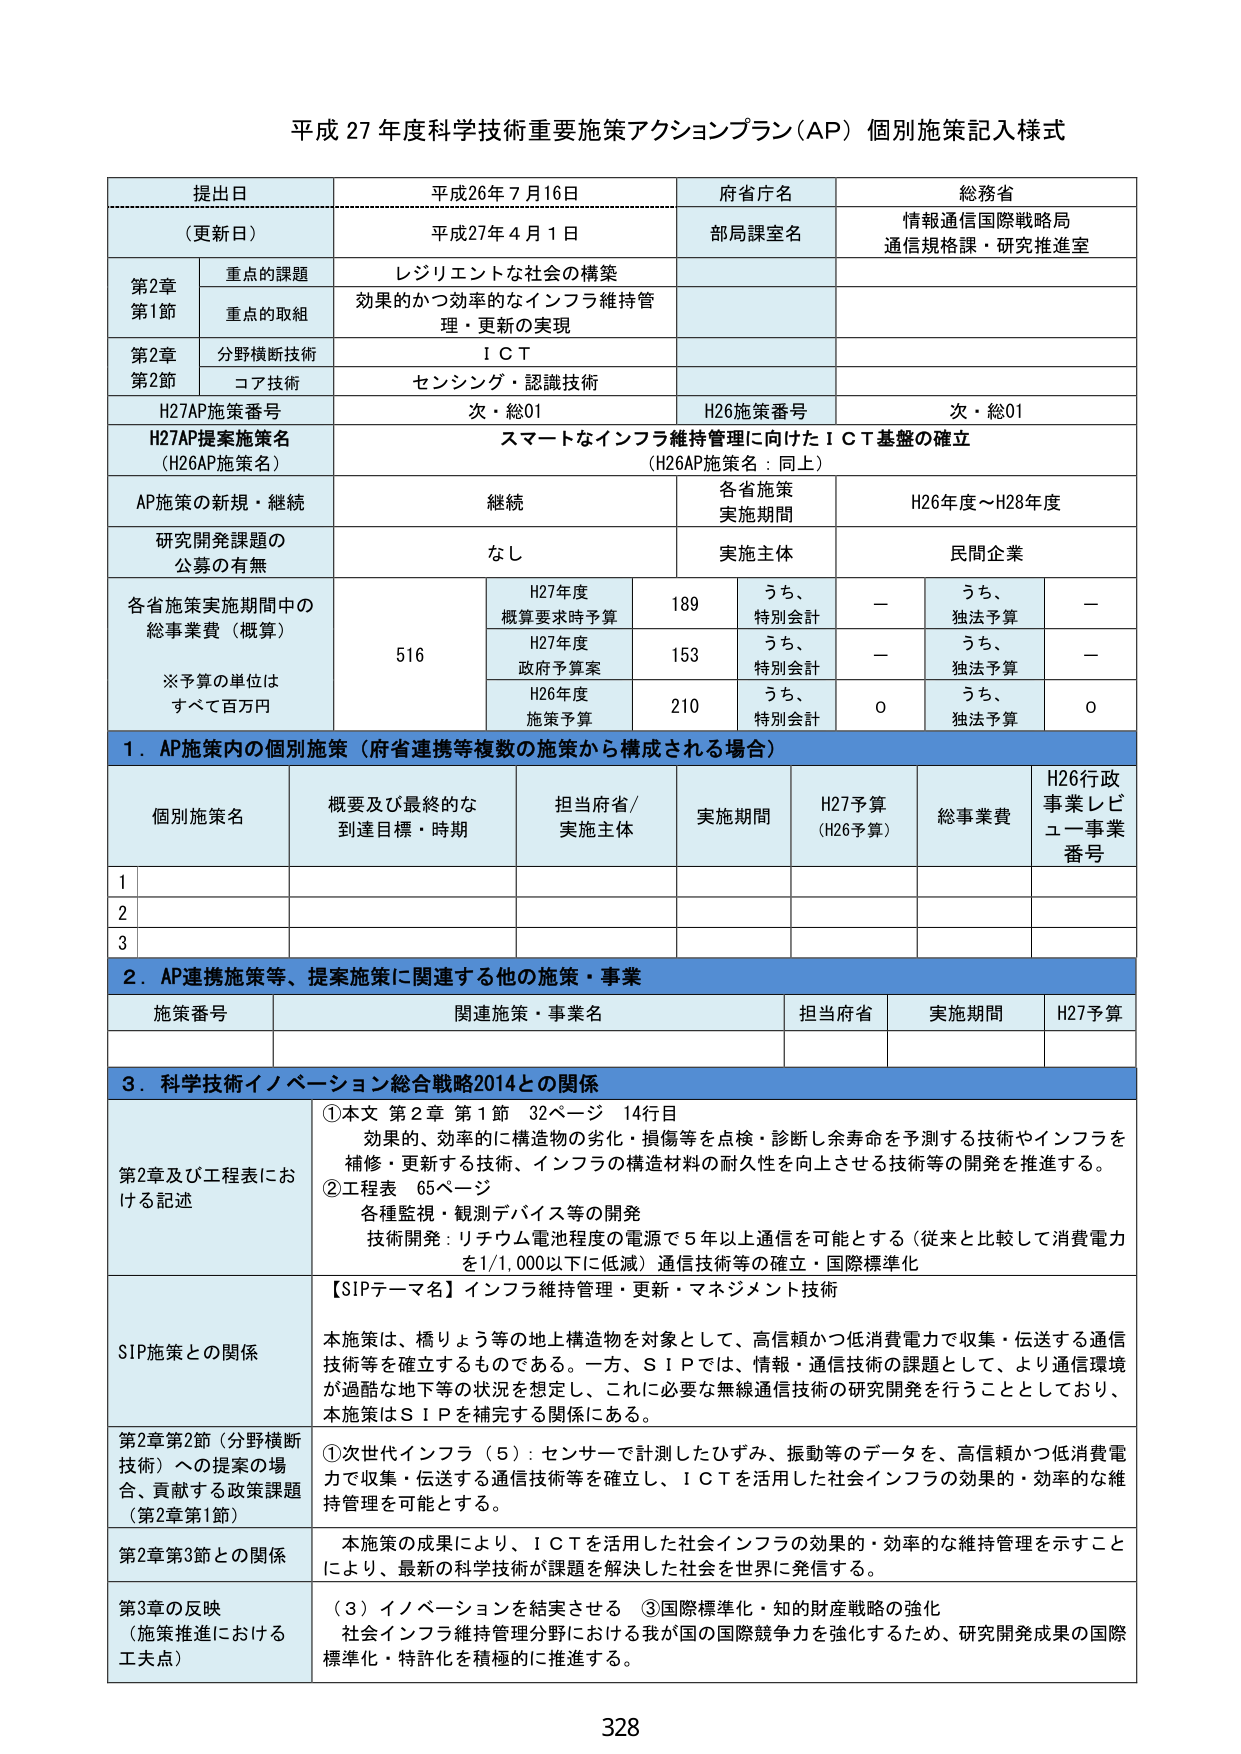
平成 27 年度科学技術重要施策アクションプラン（AP）個別施策記入様式

提出日 平成26年 7月16日
（更新日） 平成27年 4月 1日
府省庁名 総務省
部局課室名 情報通信国際戦略局
通信規格課・研究推進室

第2章 重点の課題 レジリエントな社会の構築
第1節 重点の取組 効果的かつ効率的なインフラ維持管理・更新の実現

第2章 分野横断技術 ＩＣＴ
第2節 コア技術 センシング・認識技術

H27AP施策番号 次・総01
H26施策番号 次・総01

H27AP提案施策名（H26AP施策名） スマートなインフラ維持管理に向けたＩＣＴ基盤の確立
（H26AP施策名：同上）

AP施策の新規・継続 継続
各省施策実施期間 H26年度～H28年度

研究開発課題の公募の有無 なし
実施主体 民間企業

各省施策実施期間中の総事業費（概算）
※予算の単位はすべて百万円

H27年度 概算要求時予算 189 うち、特別会計 － うち、独法予算 －
H27年度 政府予算案 153 うち、特別会計 － うち、独法予算 －
H26年度 施策予算 210 うち、特別会計 0 うち、独法予算 0

1．AP施策内の個別施策（府省連携等複数の施策から構成される場合）

個別施策名 概要及び最終的な到達目標・時期 担当府省/実施主体 実施期間 H27予算（H26予算） 総事業費 H26行政事業レビュー事業番号

1

2

3

2．AP連携施策等、提案施策に関連する他の施策・事業

施策番号 関連施策・事業名 担当府省 実施期間 H27予算

3．科学技術イノベーション総合戦略2014との関係

第2章及び工程表における記述
①本文 第2章 第1節 32ページ 14行目
効果的、効率的に構造物の劣化・損傷等を点検・診断し余寿命を予測する技術やインフラを補修・更新する技術、インフラの構造材料の耐久性を向上させる技術等の開発を推進する。
②工程表 65ページ
各種監視・観測デバイス等の開発
技術開発：リチウム電池程度の電源で5年以上通信を可能とする（従来と比較して消費電力を1/1,000以下に低減）通信技術等の確立・国際標準化

【SIPテーマ名】インフラ維持管理・更新・マネジメント技術

SIP施策との関係
本施策は、橋りょう等の地上構造物を対象として、高信頼かつ低消費電力で収集・伝送する通信技術等を確立するものである。一方、SIPでは、情報・通信技術の課題として、より通信環境が過酷な地下等の状況を想定し、これに必要な無線通信技術の研究開発を行うこととしており、本施策はSIPを補完する関係にある。

第2章第2節（分野横断技術）への提案の場合、貢献する政策課題（第2章第1節）
①次世代インフラ（5）：センサーで計測したひずみ、振動等のデータを、高信頼かつ低消費電力で収集・伝送する通信技術等を確立し、ＩＣＴを活用した社会インフラの効果的・効率的な維持管理を可能とする。

第2章第3節との関係
本施策の成果により、ＩＣＴを活用した社会インフラの効果的・効率的な維持管理を示すことにより、最新の科学技術が課題を解決した社会を世界に発信する。

第3章の反映（施策推進における工夫点）
（3）イノベーションを結実させる ③国際標準化・知的財産戦略の強化
社会インフラ維持管理分野における我が国の国際競争力を強化するため、研究開発成果の国際標準化・特許化を積極的に推進する。

328